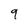
Character: 9